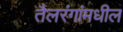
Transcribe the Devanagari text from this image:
तैलरंगांमधील